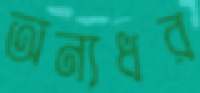
অন্যধর